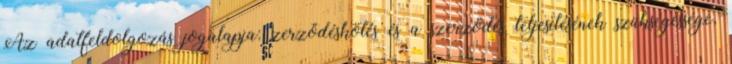
Az adatfeldolgozás jogalapja: zerződéskötés és a szerződés teljesítésének szükségessége,